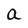
Character: a